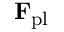
\mathbf { F } _ { \mathrm { p l } }